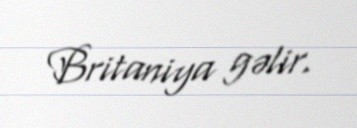
Britaniya gəlir.